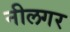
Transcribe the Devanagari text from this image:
नीलगर